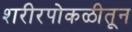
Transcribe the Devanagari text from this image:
शरीरपोकळीतून